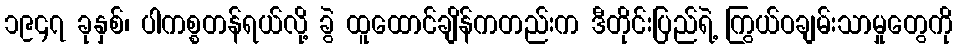
၁၉၄၇ ခုနှစ်၊ ပါကစ္စတန်ရယ်လို့ ခွဲ ထူထောင်ချိန်ကတည်းက ဒီတိုင်းပြည်ရဲ့ ကြွယ်ဝချမ်းသာမှုတွေကို